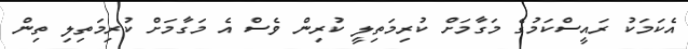
އެކަމަކު ރައީސްކަމުގެ މަގާމަށް ކުރިމަތިލީ ކުރިން ވެސް އެ މަގާމަށް ކުރިމަތިލި ތިން